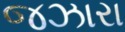
જઝારા